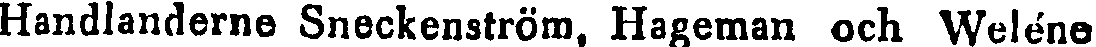
Handlanderne Sneckenström, Hageman och Weléno